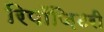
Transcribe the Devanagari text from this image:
रिपॉज़िटरी